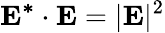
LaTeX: \mathbf{E^{*}\cdot E}=|\mathbf{E}|^{2}